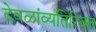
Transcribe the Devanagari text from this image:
देवळांव्यतिरिक्‍त